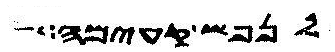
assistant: לנפש קעימה